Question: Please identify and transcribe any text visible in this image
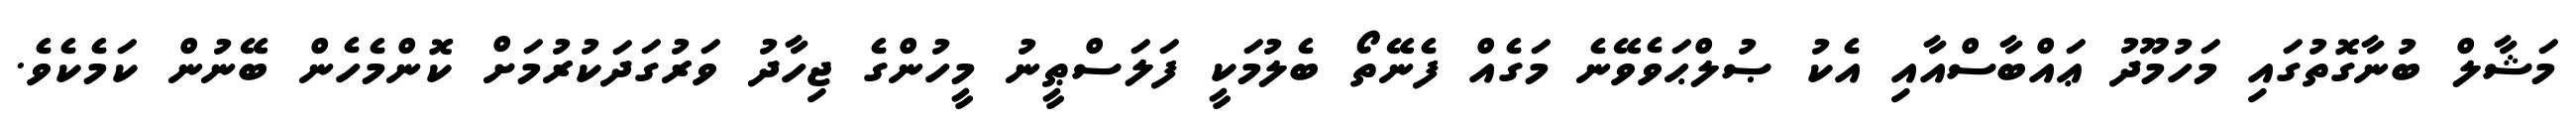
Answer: މަޝާލް ބުނާގޮތުގައި މަހުމޫދު ޢައްބާސްއާއި އެކު ޞުލްޙަވެވޭނެ މަގެއް ފެނޭތޯ ބެލުމަކީ ފަލަސްޠީނު މީހުންގެ ޖިހާދު ވަރުގަދަކުރުމަށް ކޮންމެހެން ބޭނުން ކަމެކެވެ.